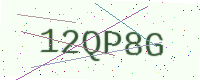
Text: 12QP8G